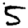
Digit: 5